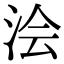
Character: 浍